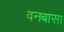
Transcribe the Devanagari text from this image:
वनबासा